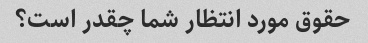
حقوق مورد انتظار شما چقدر است؟